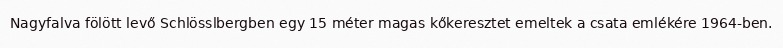
Nagyfalva fölött levő Schlösslbergben egy 15 méter magas kőkeresztet emeltek a csata emlékére 1964-ben.